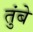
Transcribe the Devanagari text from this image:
तुंबे